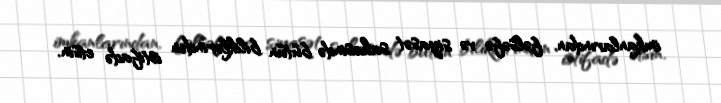
imkanlarından, fəlsəfə və siyasət sahəsində bütün biliklərindən istifadə etsin.